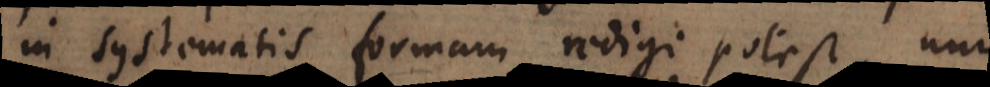
in systematis formam redigi potest, uno